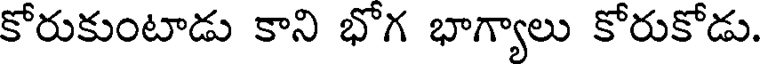
కోరుకుంటాడు కాని భోగ భాగ్యాలు కోరుకోడు.